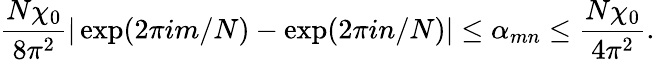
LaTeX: \frac{N\chi_{0}}{8\pi^{2}}|\exp(2\pi im/N)-\exp(2\pi in/N)|\leq\alpha_{mn}\leq\frac{N\chi_{0}}{4\pi^{2}}.